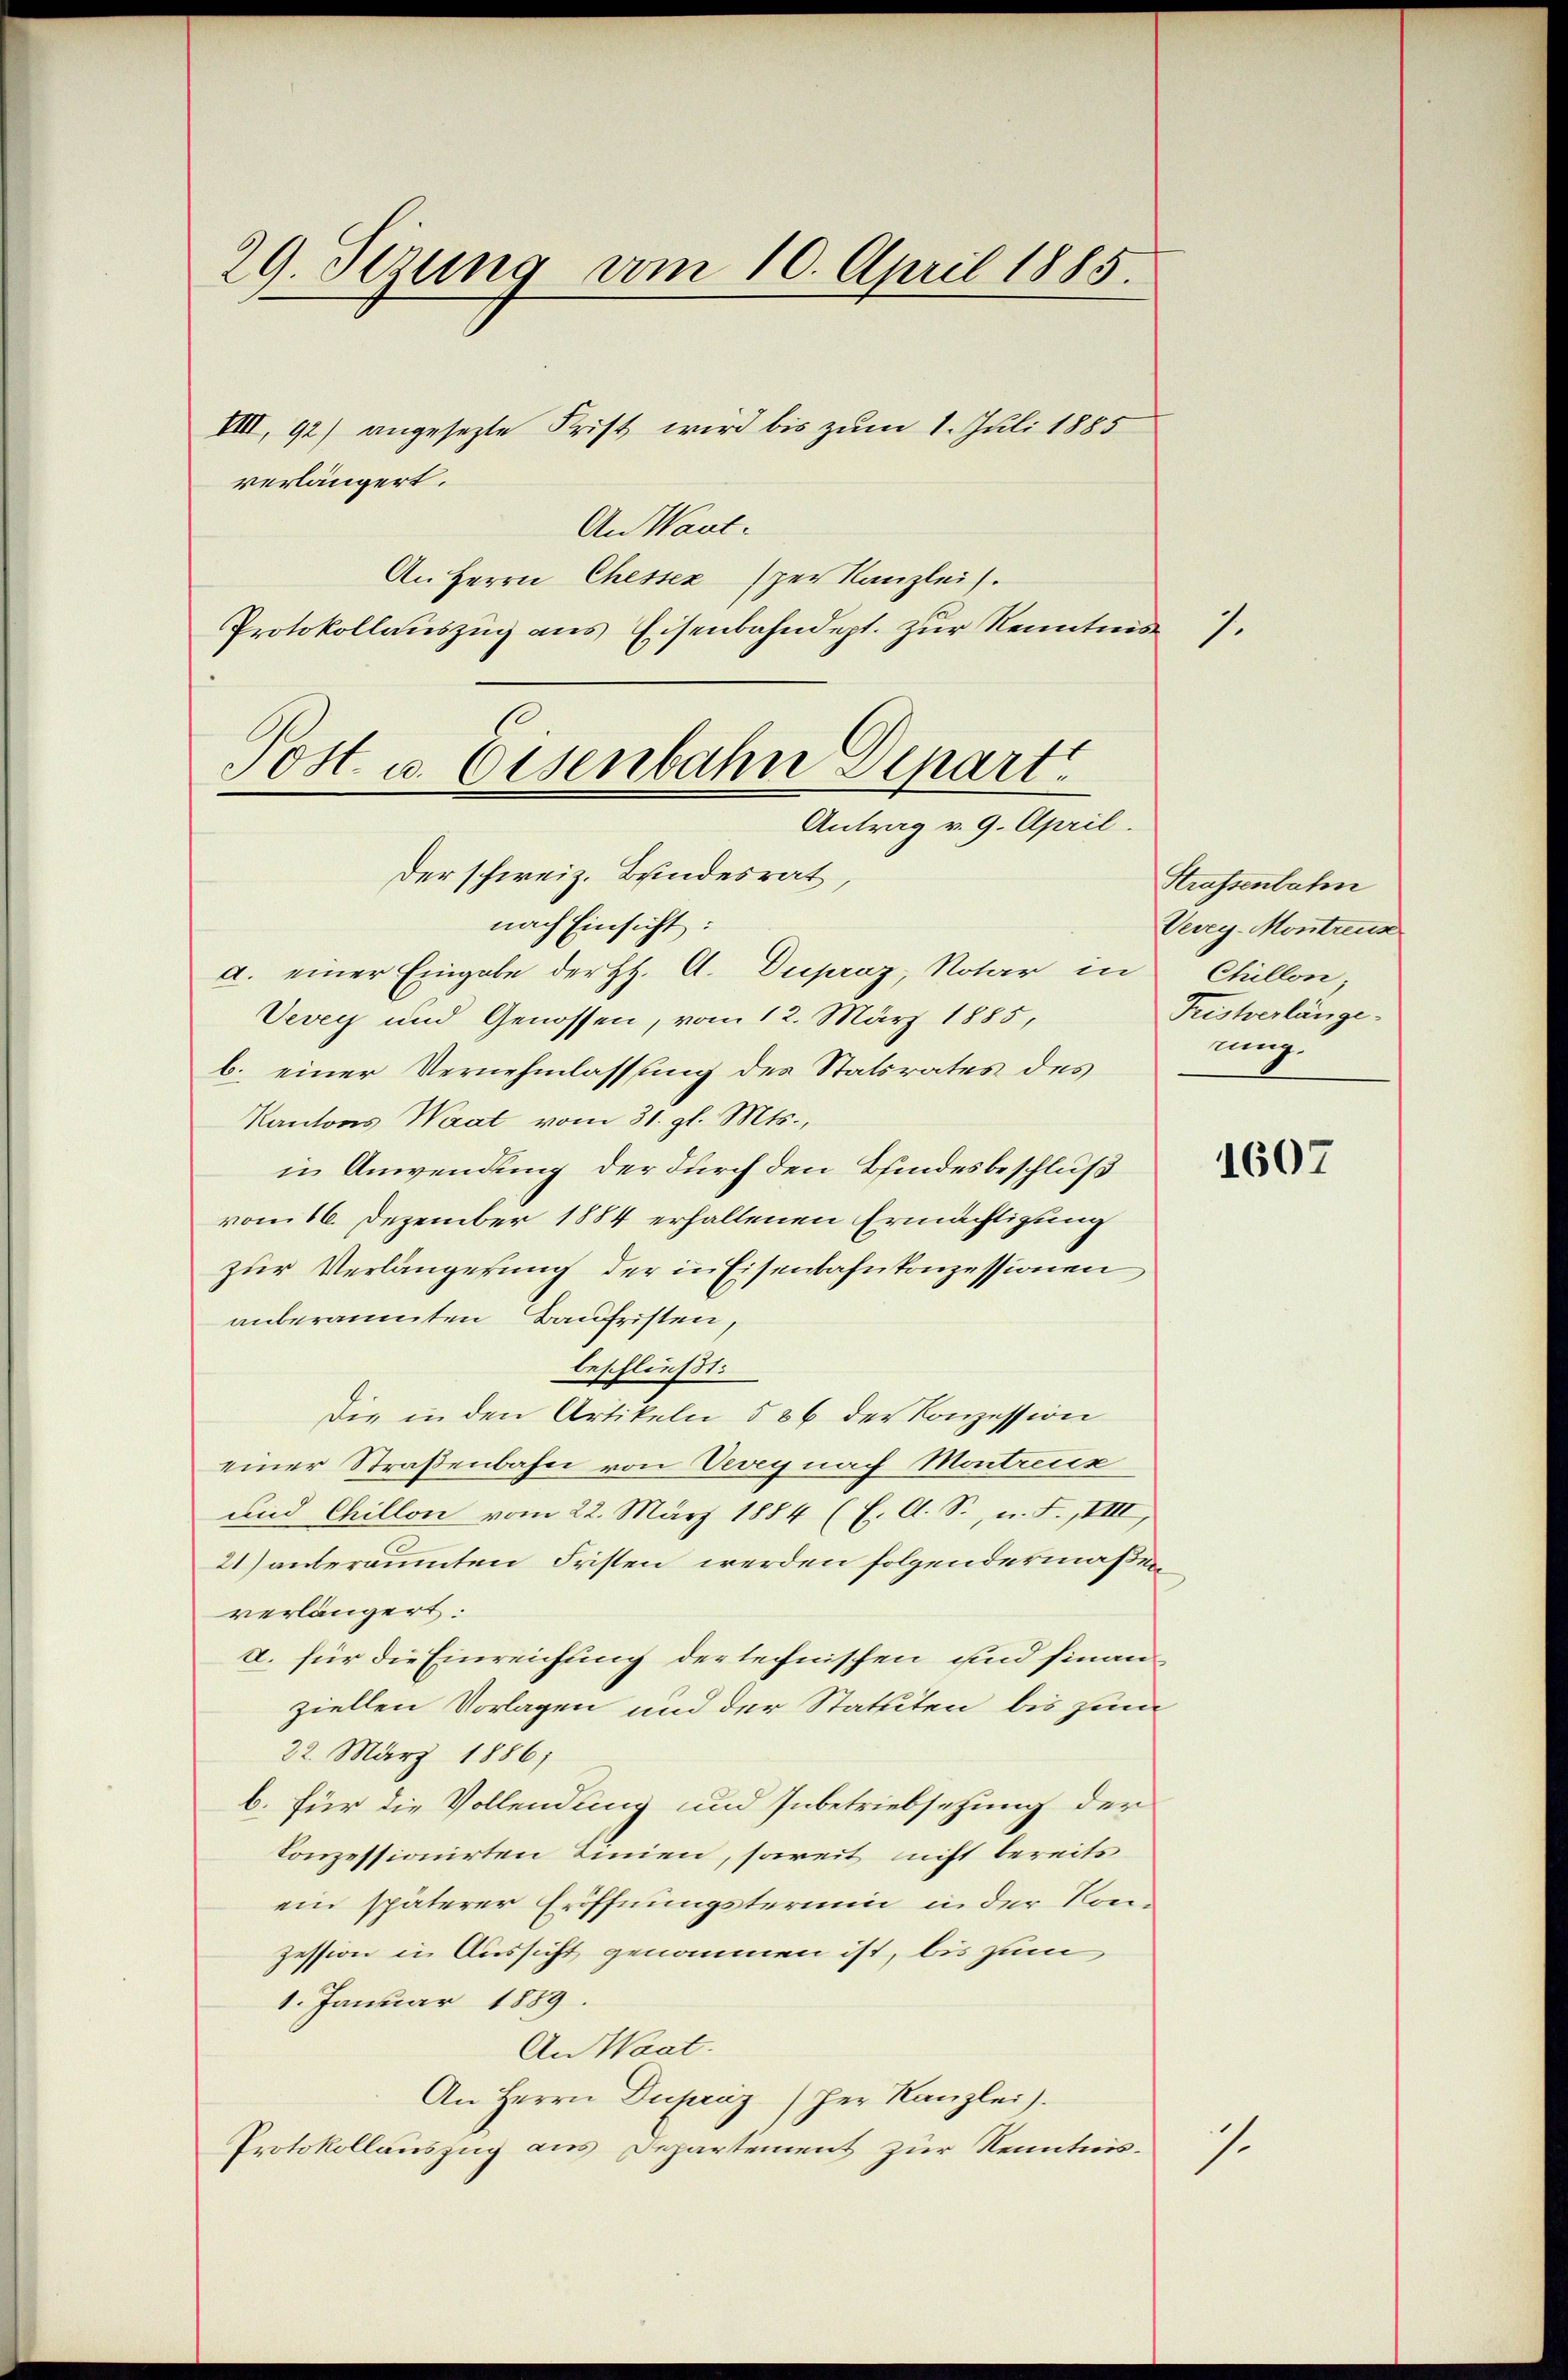
29. Sezung vom 10. April 1885.
VIII, 92) angesetzte Frist wird bis zum 1. Juli 1885
verlängert.
An Want.

An Herrn Chessez per Kanzlei.
Protokollauszug aus Eisenbahndept. zŭr Kenntnis.

Post u. Eisenbahn Depart
Antrag v. 9. April.

Der schweiz. Bundesrat
nach Einsicht:
a. einer Eingabe der H. A. Dupraz, Notar in Chillon,
Vevey und Genossen, vom 12. März 1885,
b. einer Vernehmlassung des Statsrates des
Kantons Waat vom 31. gl. Mts.,
in Anwendung der durch den Bindesbeschluß
vom 16. Dezember 1884 erhaltenen Ermächtigung
zur Verlängerung der in Eisenbahnkonzessionen
anberaumten Baufristen,
beschließt:
Die in den Artikeln § 36 der Konzession
einer Straßenbahn von Verey nach Montreck
und Chillon vom 22. März 1884 (E. A. S., n. F. VIII,
21) anteräumten Fristen werden folgendermaßen
verlängert:
a. für die Einreichung der technischen und finanziellen Vorlagen und der Statuten bis zum
22. März 1886;
b. für die Vollendung und Inbetriebsetzung der
Conzessionirten Linien, soweit nicht bereits
ein späterer Eröffnungstermin in der Konzession in Aussicht genommen ist, bis zum
1. Januar 1889.
An Waat.
An Herrn Dupráz (der Kanzlei.
Protokollauszug aus Departement zur Kenntnis¬

Strassenbahn
Vevey-Montreux
Fristerlänge
nug.

1607

7.